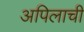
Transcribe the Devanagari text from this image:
अपिलाची